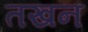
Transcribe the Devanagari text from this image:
तखन